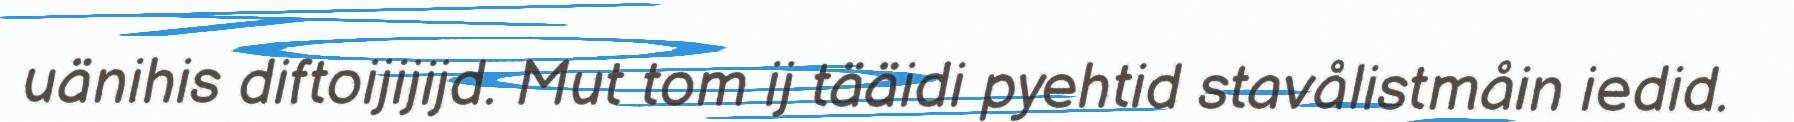
uänihis diftoijijijd. Mut tom ij tääidi pyehtid stavålistmåin iedid.